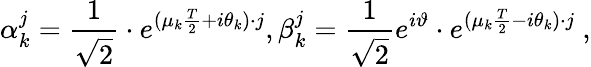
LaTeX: \alpha_{k}^{j}={\frac{1}{\sqrt{2}}}\cdot e^{(\mu_{k}{\frac{T}{2}}+i\theta_{k})\cdot j},\beta_{k}^{j}={\frac{1}{\sqrt{2}}}e^{i\vartheta}\cdot e^{(\mu_{k}{\frac{T}{2}}-i\theta_{k})\cdot j}\ ,